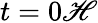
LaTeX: t=0\mathscr{H}